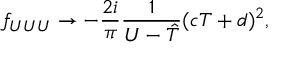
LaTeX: f _ { U U U } \rightarrow - \frac { 2 i } { \pi } \frac { 1 } { U - { \hat { T } } } ( c T + d ) ^ { 2 } ,